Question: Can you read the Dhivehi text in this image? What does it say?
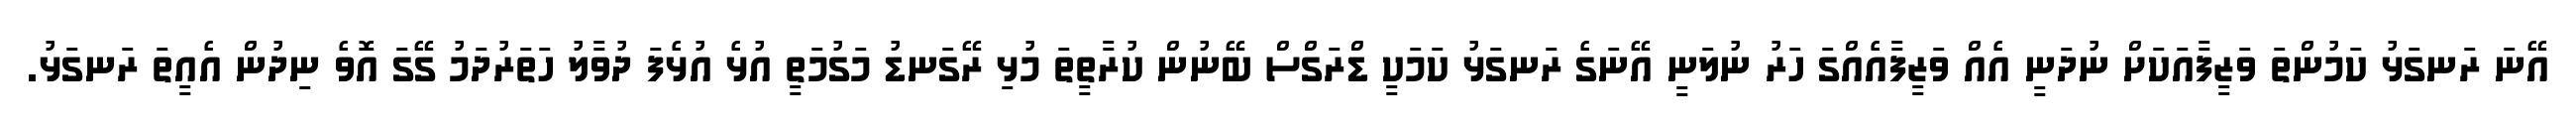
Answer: އޭނަ ރަނގަޅު ކަމުންތަ ވަޒީފާއަކަށް ނުދަނީ އެއް ވަޒީފާއެއްގަ ހަރު ނުލަނީ އޭނަގެ ރަނގަޅު ކަމަކީ ޑްރަގްސް ބޭނުން ކުރާތީތަ މުޅި ރޭގަނޑު މަގުމަތީ އުޅެ އުޅެފަ ދުވާލު ހަތަރުދަމު ގޭގަ އޮވެ ނިދުން އެއީތަ ރަނގަޅު.